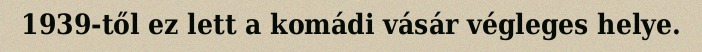
1939-től ez lett a komádi vásár végleges helye.